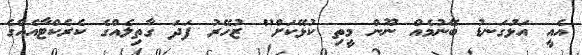
އެއީ އަޅުގަނޑު ބޭނުމެއް ނޫން މީތި ކުޅޭކަށް" ޒުހޭރު ފަދަ ގާތިލެއްގެ ކެރެކްޓާއެއްގެ